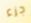
جزء